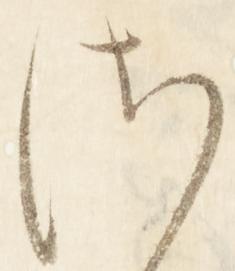
さ